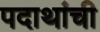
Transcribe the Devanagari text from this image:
पदाथांची